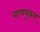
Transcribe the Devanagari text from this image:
बाणयुद्धम्